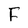
Character: F